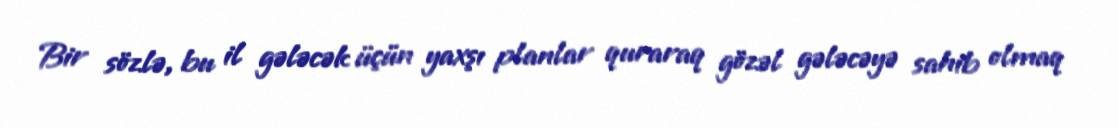
Bir sözlə, bu il gələcək üçün yaxşı planlar quraraq gözəl gələcəyə sahib olmaq